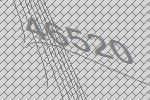
46520